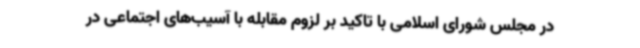
در مجلس شورای اسلامی با تاکید بر لزوم مقابله با آسیب‌های اجتماعی در